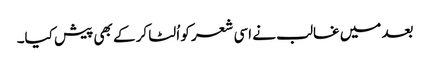
بعد میں غالب نے اسی شعر کو اُلٹا کر کے بھی پیش کیا۔